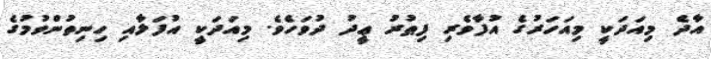
އާދެ މިއަދަކީ މިއަހަރުގެ އުފާވެރި ފިޠުރު ޢީދު ދުވަހެވެ. މިއަދަކީ އުފަލާއި ހިނިތުންވުމުގެ